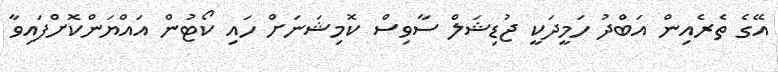
އޭގެ ތެރެއިން އަބްދު ހަމީދަކީ ޖުޑިޝަލް ސާވިސް ކޮމިޝަނަށް ހައި ކޯޓުން އައްޔަންކޮށްފައިވާ